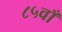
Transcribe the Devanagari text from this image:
८५वाँ